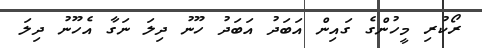
ރޯކުރި މީހުންގެ ގައިން އަބަދު އަބަދު ހޫނު ދިލަ ނަގާ އެހޫނު ދިލަ